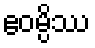
ဧဝမ္ပိဿ